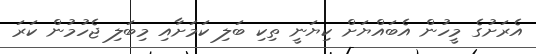
އެރަށުގެ މީހުން އެބައްޔަށް ކިޔަނީ ތިކި ބަލި ކަމަށާއި މިބަލި ޖެހުމުން ކަރަ